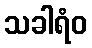
သခါရံဝ